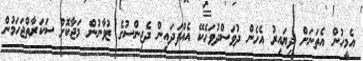
އެމީހުން އެތަނަށް ދިޔައިރު އެހެން ދުވަސްދުވަހެކޭ އެއްފަދައިން ދެޖިންސުގެ ޒުވާނުން މަޖާކޮށް ސަކަރާތްޖަހަމުން